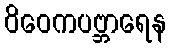
ဝိဝေကပဗ္ဘာရေန